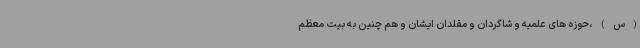
(س)،حوزه های علمیه و شاگردان و مقلدان ایشان و هم چنین به بیت معظم